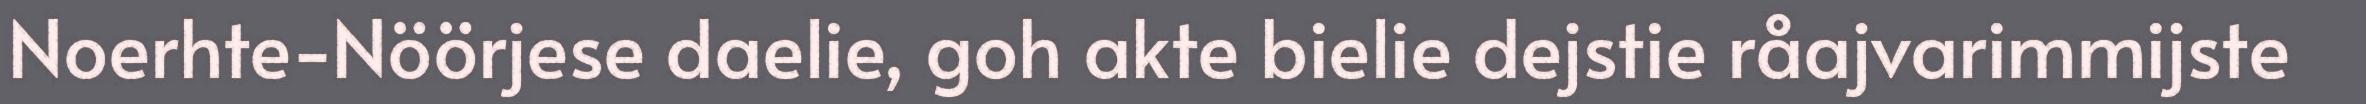
Noerhte-Nöörjese daelie, goh akte bielie dejstie råajvarimmijste